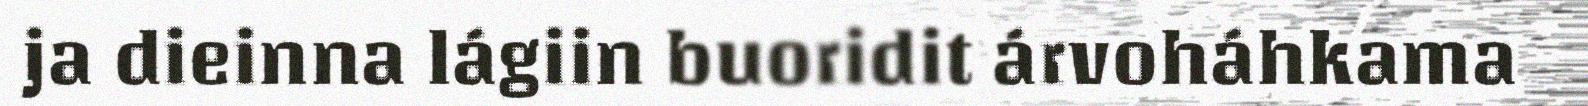
ja dieinna lágiin buoridit árvoháhkama